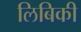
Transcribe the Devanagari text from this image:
लिबिकी